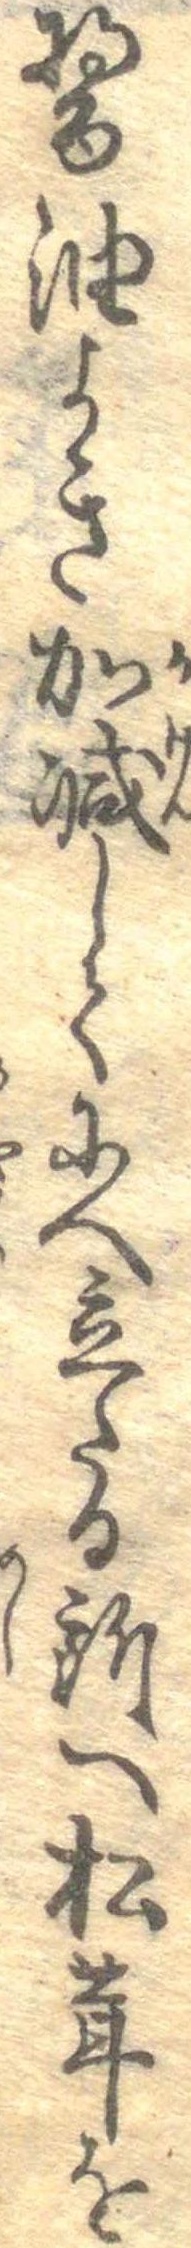
醤油よき加減してにへ立たる所へ松茸を